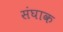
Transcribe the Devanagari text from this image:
संघाक